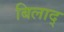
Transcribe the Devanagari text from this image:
बिलाद्